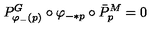
P _ { \varphi _ { - } ( p ) } ^ { G } \circ \varphi _ { - * p } \circ \bar { P } _ { p } ^ { M } = 0